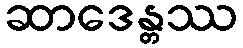
ဆာဒေန္တဿ